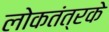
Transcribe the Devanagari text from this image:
लोकतंत्रके